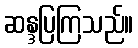
ဆန္ဒပြကြသည်။